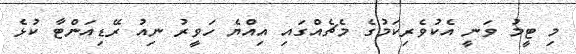
މި ޓީމު ވަނީ އެކުވެރިކަމުގެ މެޗެއްގައި އިއްޔެ ހަވީރު ނިއު ރޭޑިއަންޓާ ކުޅެ